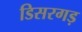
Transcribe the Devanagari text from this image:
डिसरगड़